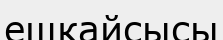
ешкайсысы